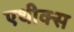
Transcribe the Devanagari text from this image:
एथीक्स